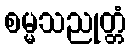
စမ္မသညုတ္တံ